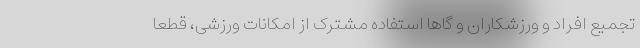
تجمیع افراد و ورزشکاران و گاها استفاده مشترک از امکانات ورزشی، قطعا